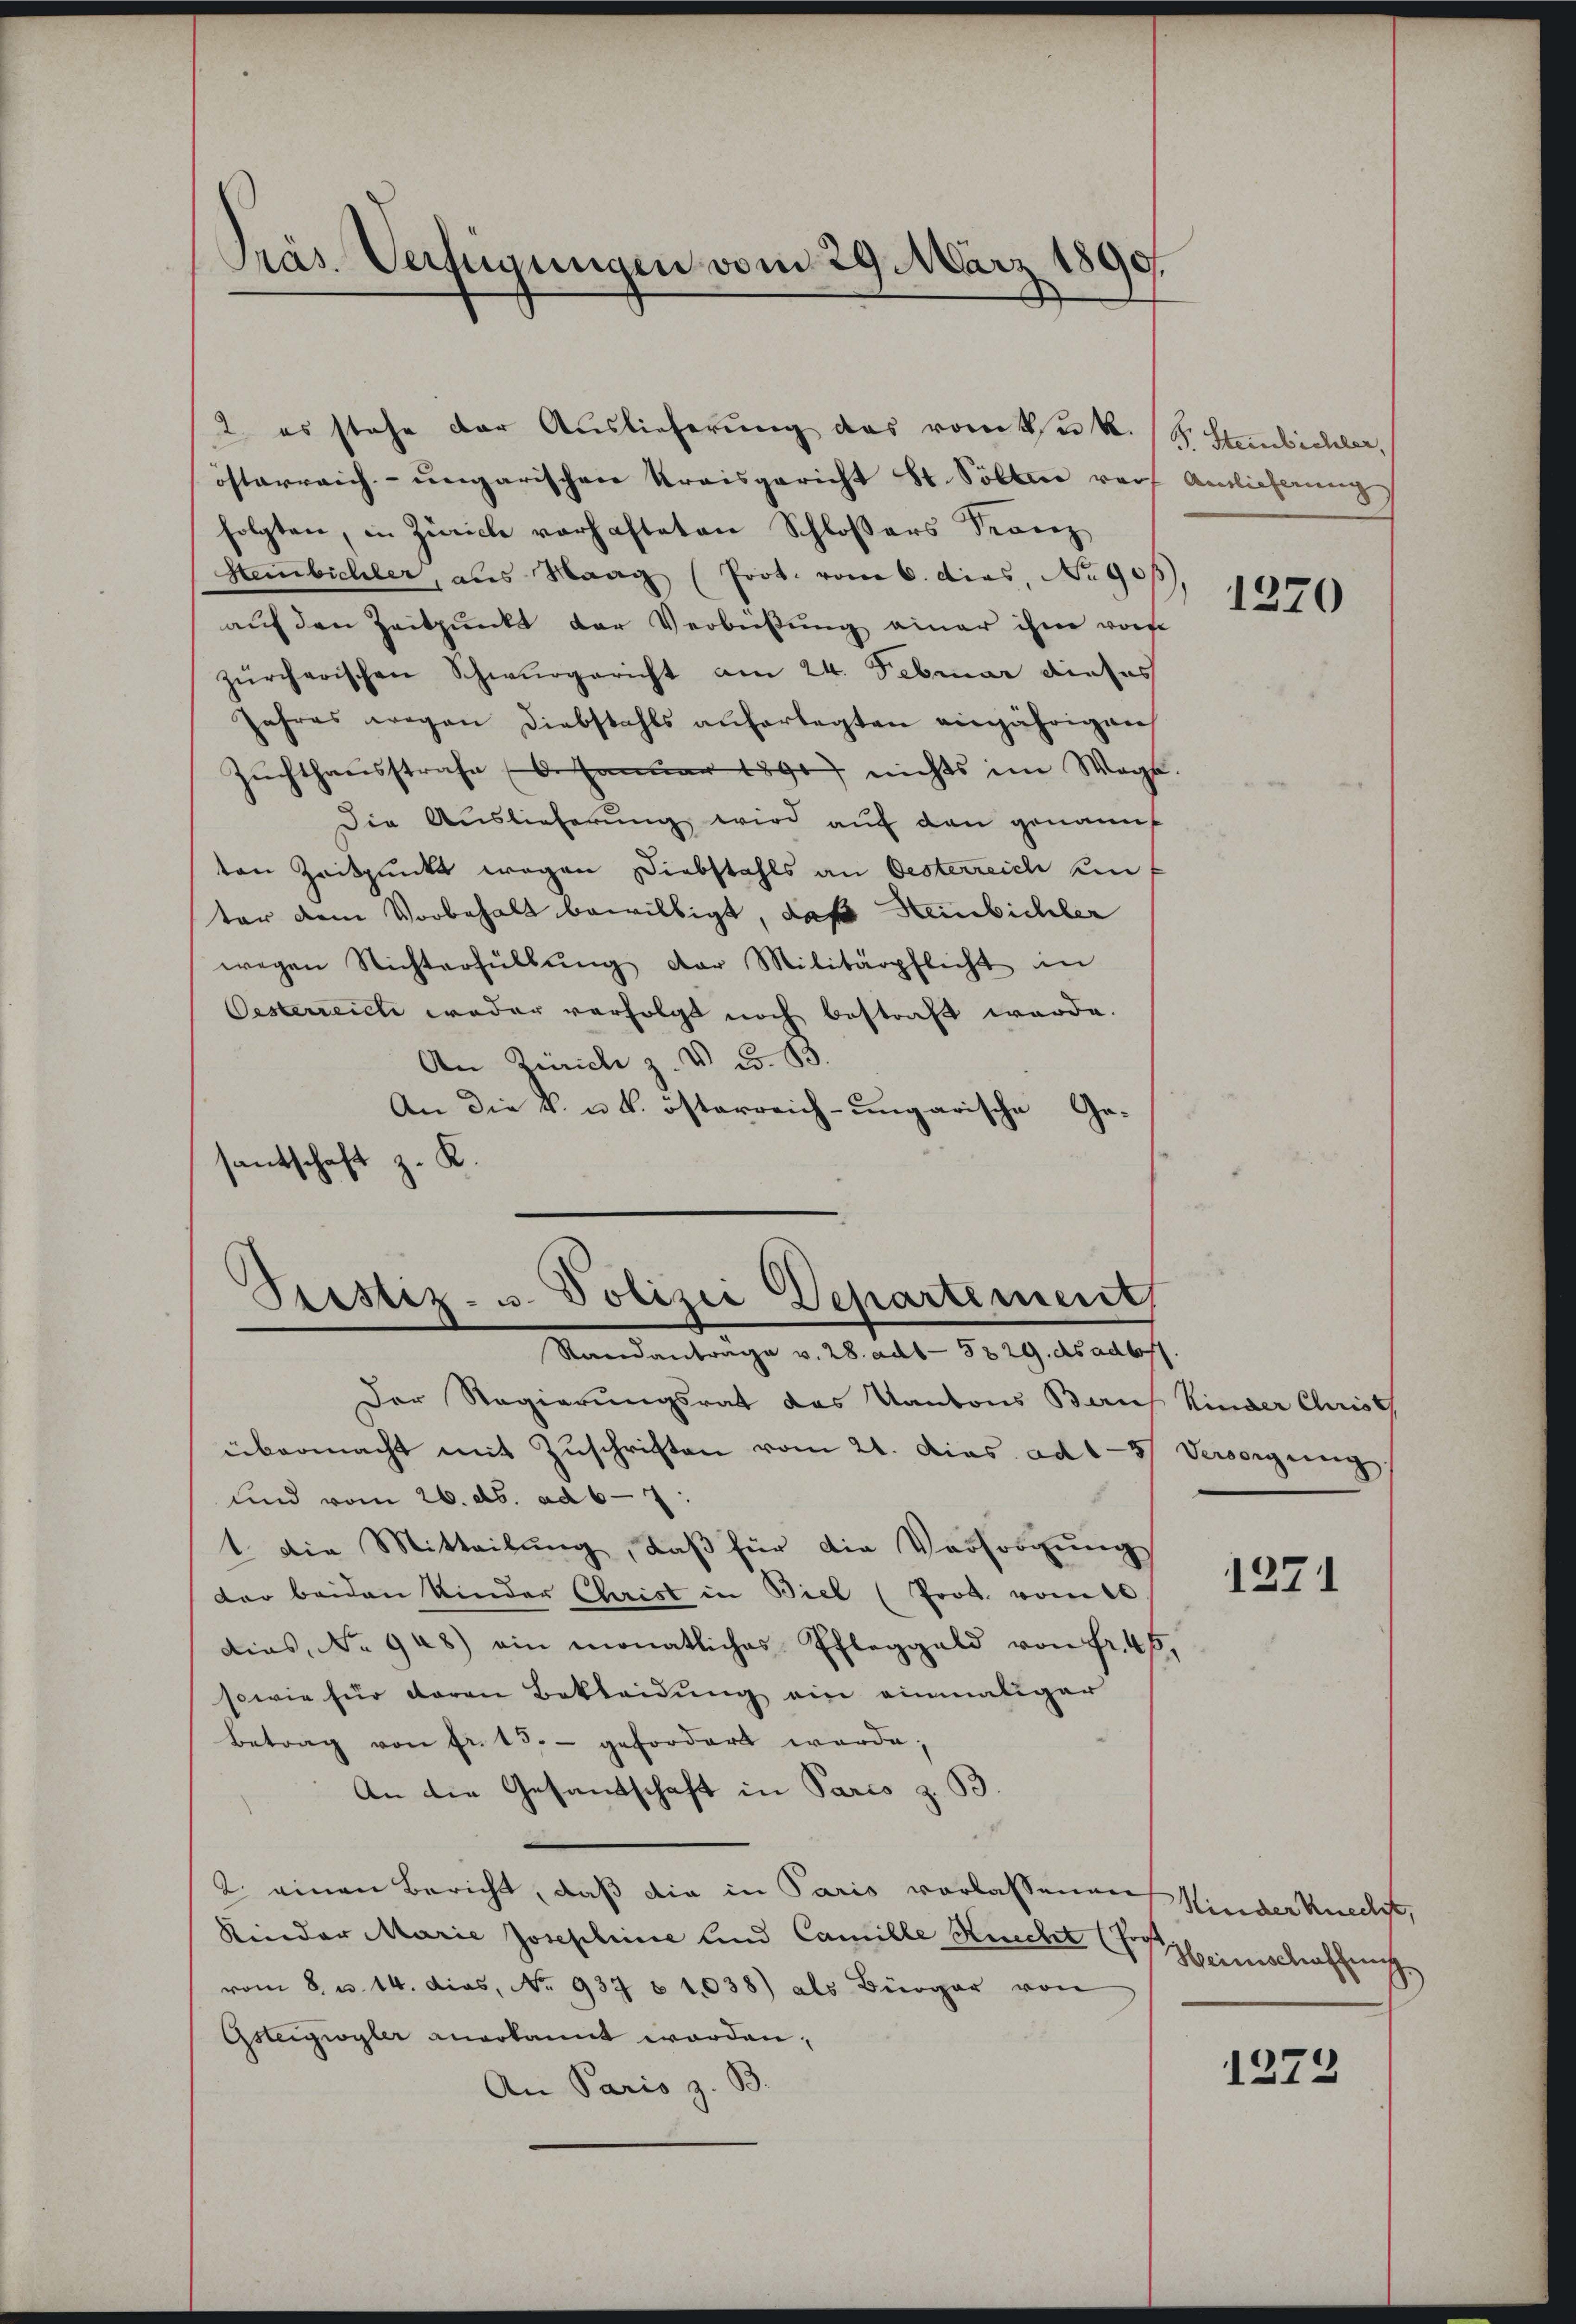
Präs. Verfügungen vom 29. März 1890.

österreich-ungarischen Kreisgericht St. Solter ver
folgten, in Zürich verhafteten Schloßers Franz
Hembichler, aus Waag (Prot. vom 6. dies, No 905),
auf den Zeitpunkt der Verbeistung einer ihm von
zürcherischen Schwurgericht am 24. Februar dieses
Jahres wegen Diebstahls auferlegten einjährigen
Zŭchthausstrafe (6. Januar 1890) nichts im Wege.
Die Auslieferŭng wird aŭf den genannt
ten Zeitpunkt wegen Diebstahls an Oesterreich um
ter dem Vorbehalt bewilligt, daß Heinbichler
wegen Richterfüllŭng der Militärpflicht in
Oesterreiche weder verfolgt noch bestraft würde.
An Zürich z. V c. 83
An die k. u. k. österreich-ungarische Gesantschaft z. K.

2. es stehe der Auslieferŭng des vom k. k. S. Staubichler,

Prestiz- u. Polizei Departement
Standanträge v. 28. ad 1. 5829. ds adlos

Der Regierungsrat das Kantons Beruf Kinder Christ
übermacht mit Zuschriften vom 21. Dies ad 187
und vom 26. ds. ad 6-7
1. Die Mitteilung, daß für die Vorsorgung
der beiden Kinder Christ in Biel (Prot. vom t
dias No 948) ein monatliches Pfleggeld von Fr. 45,
sowie für daran Bekleidŭng ein einmaliger
Betrag von Fr. 13. gefordert werde;
An die Gesandtschaft in Parco z. B
2. einen Bericht, daß die in Paris vorlassenen
Kinder Marie Josephine und Camille Knecht (Pros
vom 8. u. 14. dies, No. 937 § 1038) als Bürger von
Gsteigwyler anerkannt worden,
An Pario z. B.

Antlicherung |

1270

Versorgung
8

1271

Kinder Knechs,
Heimischaffung

1272